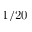
1 / 2 0